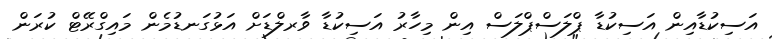
އަސިކުޑާއިން އަސިކުޑާ ޕްލަސްޕްލަސް އިން މިހާރު އަސިކުޑާ ވާރލްޑަށް އަޅުގަނޑުމެން މައިގްރޭޓް ކުރަން